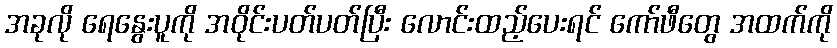
အခုလို ရေနွေးပူကို အဝိုင်းပတ်ပတ်ပြီး လောင်းထည့်ပေးရင် ကော်ဖီတွေ အထက်ကို